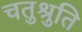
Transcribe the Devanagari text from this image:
चतुश्रुति